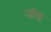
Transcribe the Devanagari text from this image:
जोद